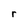
Character: r